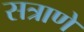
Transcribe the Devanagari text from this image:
सत्राणे